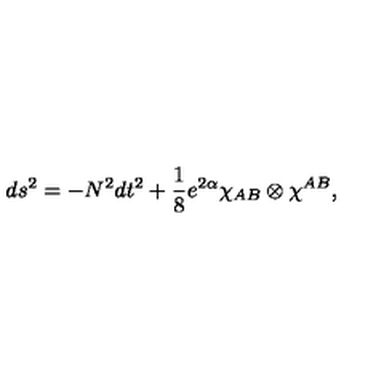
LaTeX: d s ^ { 2 } = - N ^ { 2 } d t ^ { 2 } + \frac { 1 } { 8 } e ^ { 2 \alpha } \chi _ { A B } \otimes \chi ^ { A B } ,